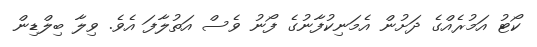
ކޯޓު އަމުރެއްގެ ދަށުން އެމަނިކުފާނުގެ ފޯނު ވެސް އަތުލާފަ އެވެ. ވިލާ ބިލްޑިން